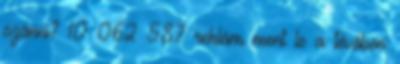
szánni? 10 062 587 reklám ment le a tévében